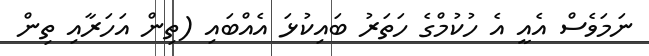
ނަމަވެސް އެއީ އެ ހުކުމްގެ ހަތަރު ބައިކުޅަ އެއްބައި (ތިން އަހަރާއި ތިން